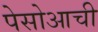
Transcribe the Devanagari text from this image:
पेसोआची